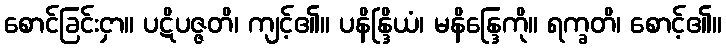
စောင်ခြင်းငှာ။ ပဋိပဇ္ဇတိ၊ ကျင့်၏။ ပနိန္ဒြိယံ၊ မနိန္ဒြေကို။ ရက္ခတိ၊ စောင့်၏။